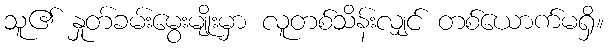
သူ၏ နှုတ်ခမ်းမွေးမျိုးမှာ လူတစ်သိန်းလျှင် တစ်ယောက်မရှိ။